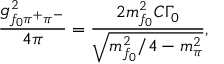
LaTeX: \frac { g _ { f _ { 0 } \pi ^ { + } \pi ^ { - } } ^ { 2 } } { 4 \pi } = \frac { 2 m _ { f _ { 0 } } ^ { 2 } C \Gamma _ { 0 } } { \sqrt { m _ { f _ { 0 } } ^ { 2 } / 4 - m _ { \pi } ^ { 2 } } } ,